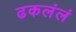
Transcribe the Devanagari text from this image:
ढकलंलं